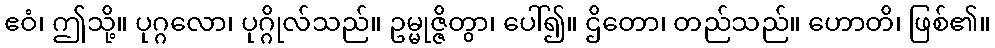
ဧဝံ၊ ဤသို့။ ပုဂ္ဂလော၊ ပုဂ္ဂိုလ်သည်။ ဥမ္မုဇ္ဇိတွာ၊ ပေါ်၍။ ဌိတော၊ တည်သည်။ ဟောတိ၊ ဖြစ်၏။